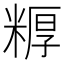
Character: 𬖦